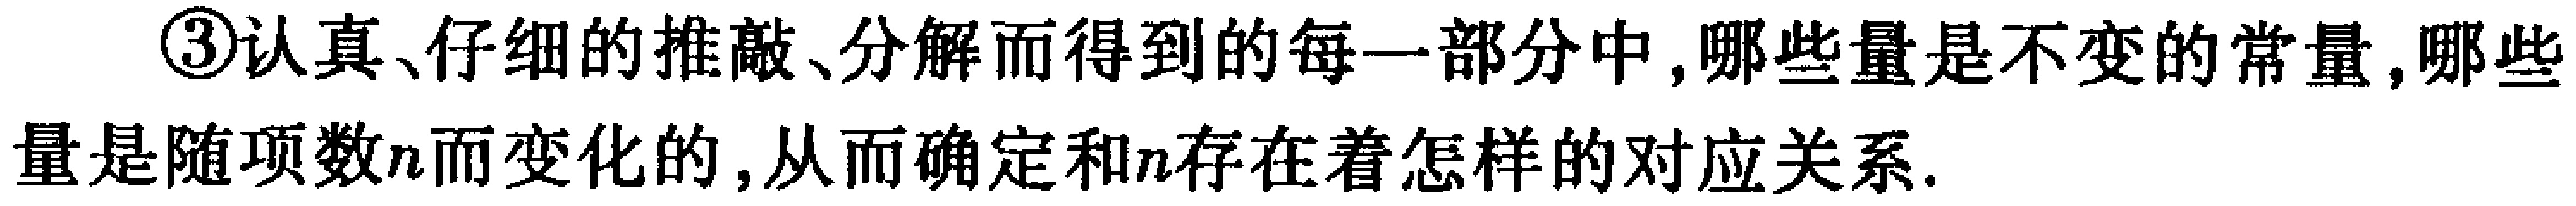
\textcircled{3}认真、仔细的推敲、分解而得到的每一部分中,哪些量是不变的常量,哪些量是随项数\(n\)而变化的,从而确定和\(n\)存在着怎样的对应关系.